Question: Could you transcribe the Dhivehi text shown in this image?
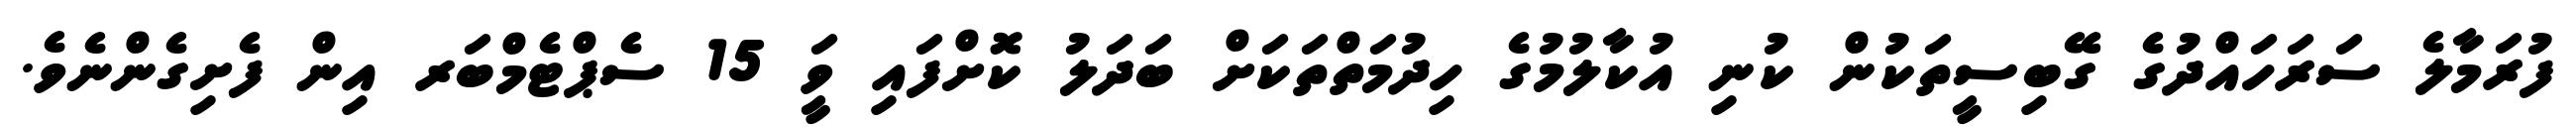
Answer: ފުރަމާލެ ސަރަހައްދުގެ ގޭބިސީތަކުން ކުނި އުކާލުމުގެ ހިދުމަތްތަކަށް ބަދަލު ކޮށްފައި ވަީ 15 ސެޕްޓެމްބަރ އިން ފެށިގެންނެވެ.